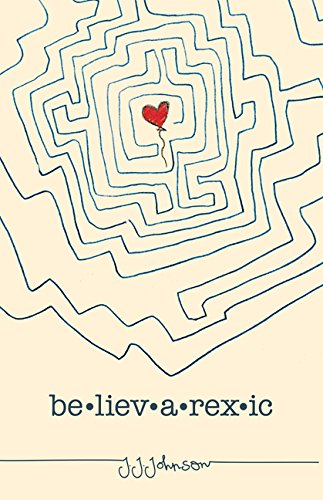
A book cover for Believarexic; JJ Johnson; Teen & Young Adult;